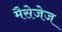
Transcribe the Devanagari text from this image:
मैसेजेज